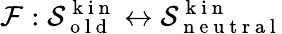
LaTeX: \mathcal{F}:\mathcal{S}_{\mathrm{~o~l~d~}}^{\mathrm{~k~i~n~}}\leftrightarrow\mathcal{S}_{\mathrm{~n~e~u~t~r~a~l~}}^{\mathrm{~k~i~n~}}